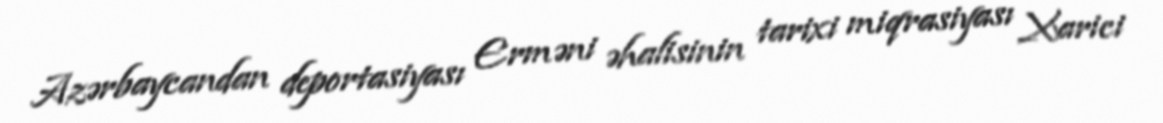
Azərbaycandan deportasiyası Erməni əhalisinin tarixi miqrasiyası Xarici